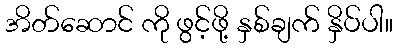
အိတ်ဆောင် ကို ဖွင့်ဖို့ နှစ်ချက် နှိပ်ပါ။